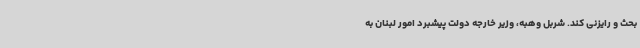
بحث و رایزنی کند. شربل وهبه، وزیر خارجه دولت پیشبرد امور لبنان به